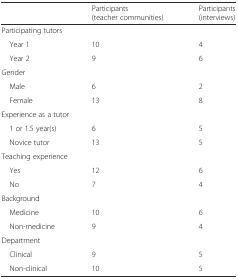
<table><thead><tr><td></td><td><b>Participants (teacher communities)</b></td><td><b>Participants (interviews)</b></td></tr></thead><tbody><tr><td colspan="3">Participating tutors</td></tr><tr><td> Year 1</td><td>10</td><td>4</td></tr><tr><td> Year 2</td><td>9</td><td>6</td></tr><tr><td colspan="3">Gender</td></tr><tr><td> Male</td><td>6</td><td>2</td></tr><tr><td> Female</td><td>13</td><td>8</td></tr><tr><td colspan="3">Experience as a tutor</td></tr><tr><td> 1 or 1.5 year(s)</td><td>6</td><td>5</td></tr><tr><td> Novice tutor</td><td>13</td><td>5</td></tr><tr><td colspan="3">Teaching experience</td></tr><tr><td> Yes</td><td>12</td><td>6</td></tr><tr><td> No</td><td>7</td><td>4</td></tr><tr><td colspan="3">Background</td></tr><tr><td> Medicine</td><td>10</td><td>6</td></tr><tr><td> Non-medicine</td><td>9</td><td>4</td></tr><tr><td colspan="3">Department</td></tr><tr><td> Clinical</td><td>9</td><td>5</td></tr><tr><td> Non-clinical</td><td>10</td><td>5</td></tr></tbody></table>